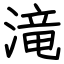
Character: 滝